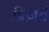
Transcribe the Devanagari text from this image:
प्रिज़र्व